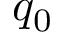
q _ { 0 }